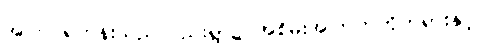
အကြင်ရဟန်းသည်လည်းရွာ၌ အစိမ်းအကြက်ကိုတရားနှင့်